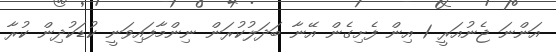
އަންނަ ޖެނުއަރީ 1 އިން ފެށިގެން އޭނާ ބަދަލުކުރަން ނިންމާފައިވަނީ ކުޑަކުދިން ކުރާ